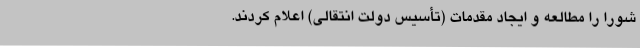
شورا را مطالعه‌ و ایجاد مقدمات‌ (تأسیس‌ دولت ‌انتقالی‌) اعلام‌ کردند.